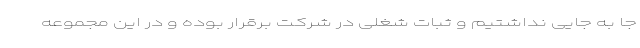
جا به جایی نداشتیم و ثبات شغلی در شرکت برقرار بوده و در این مجموعه